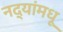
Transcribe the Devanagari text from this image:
नद्यांमधू